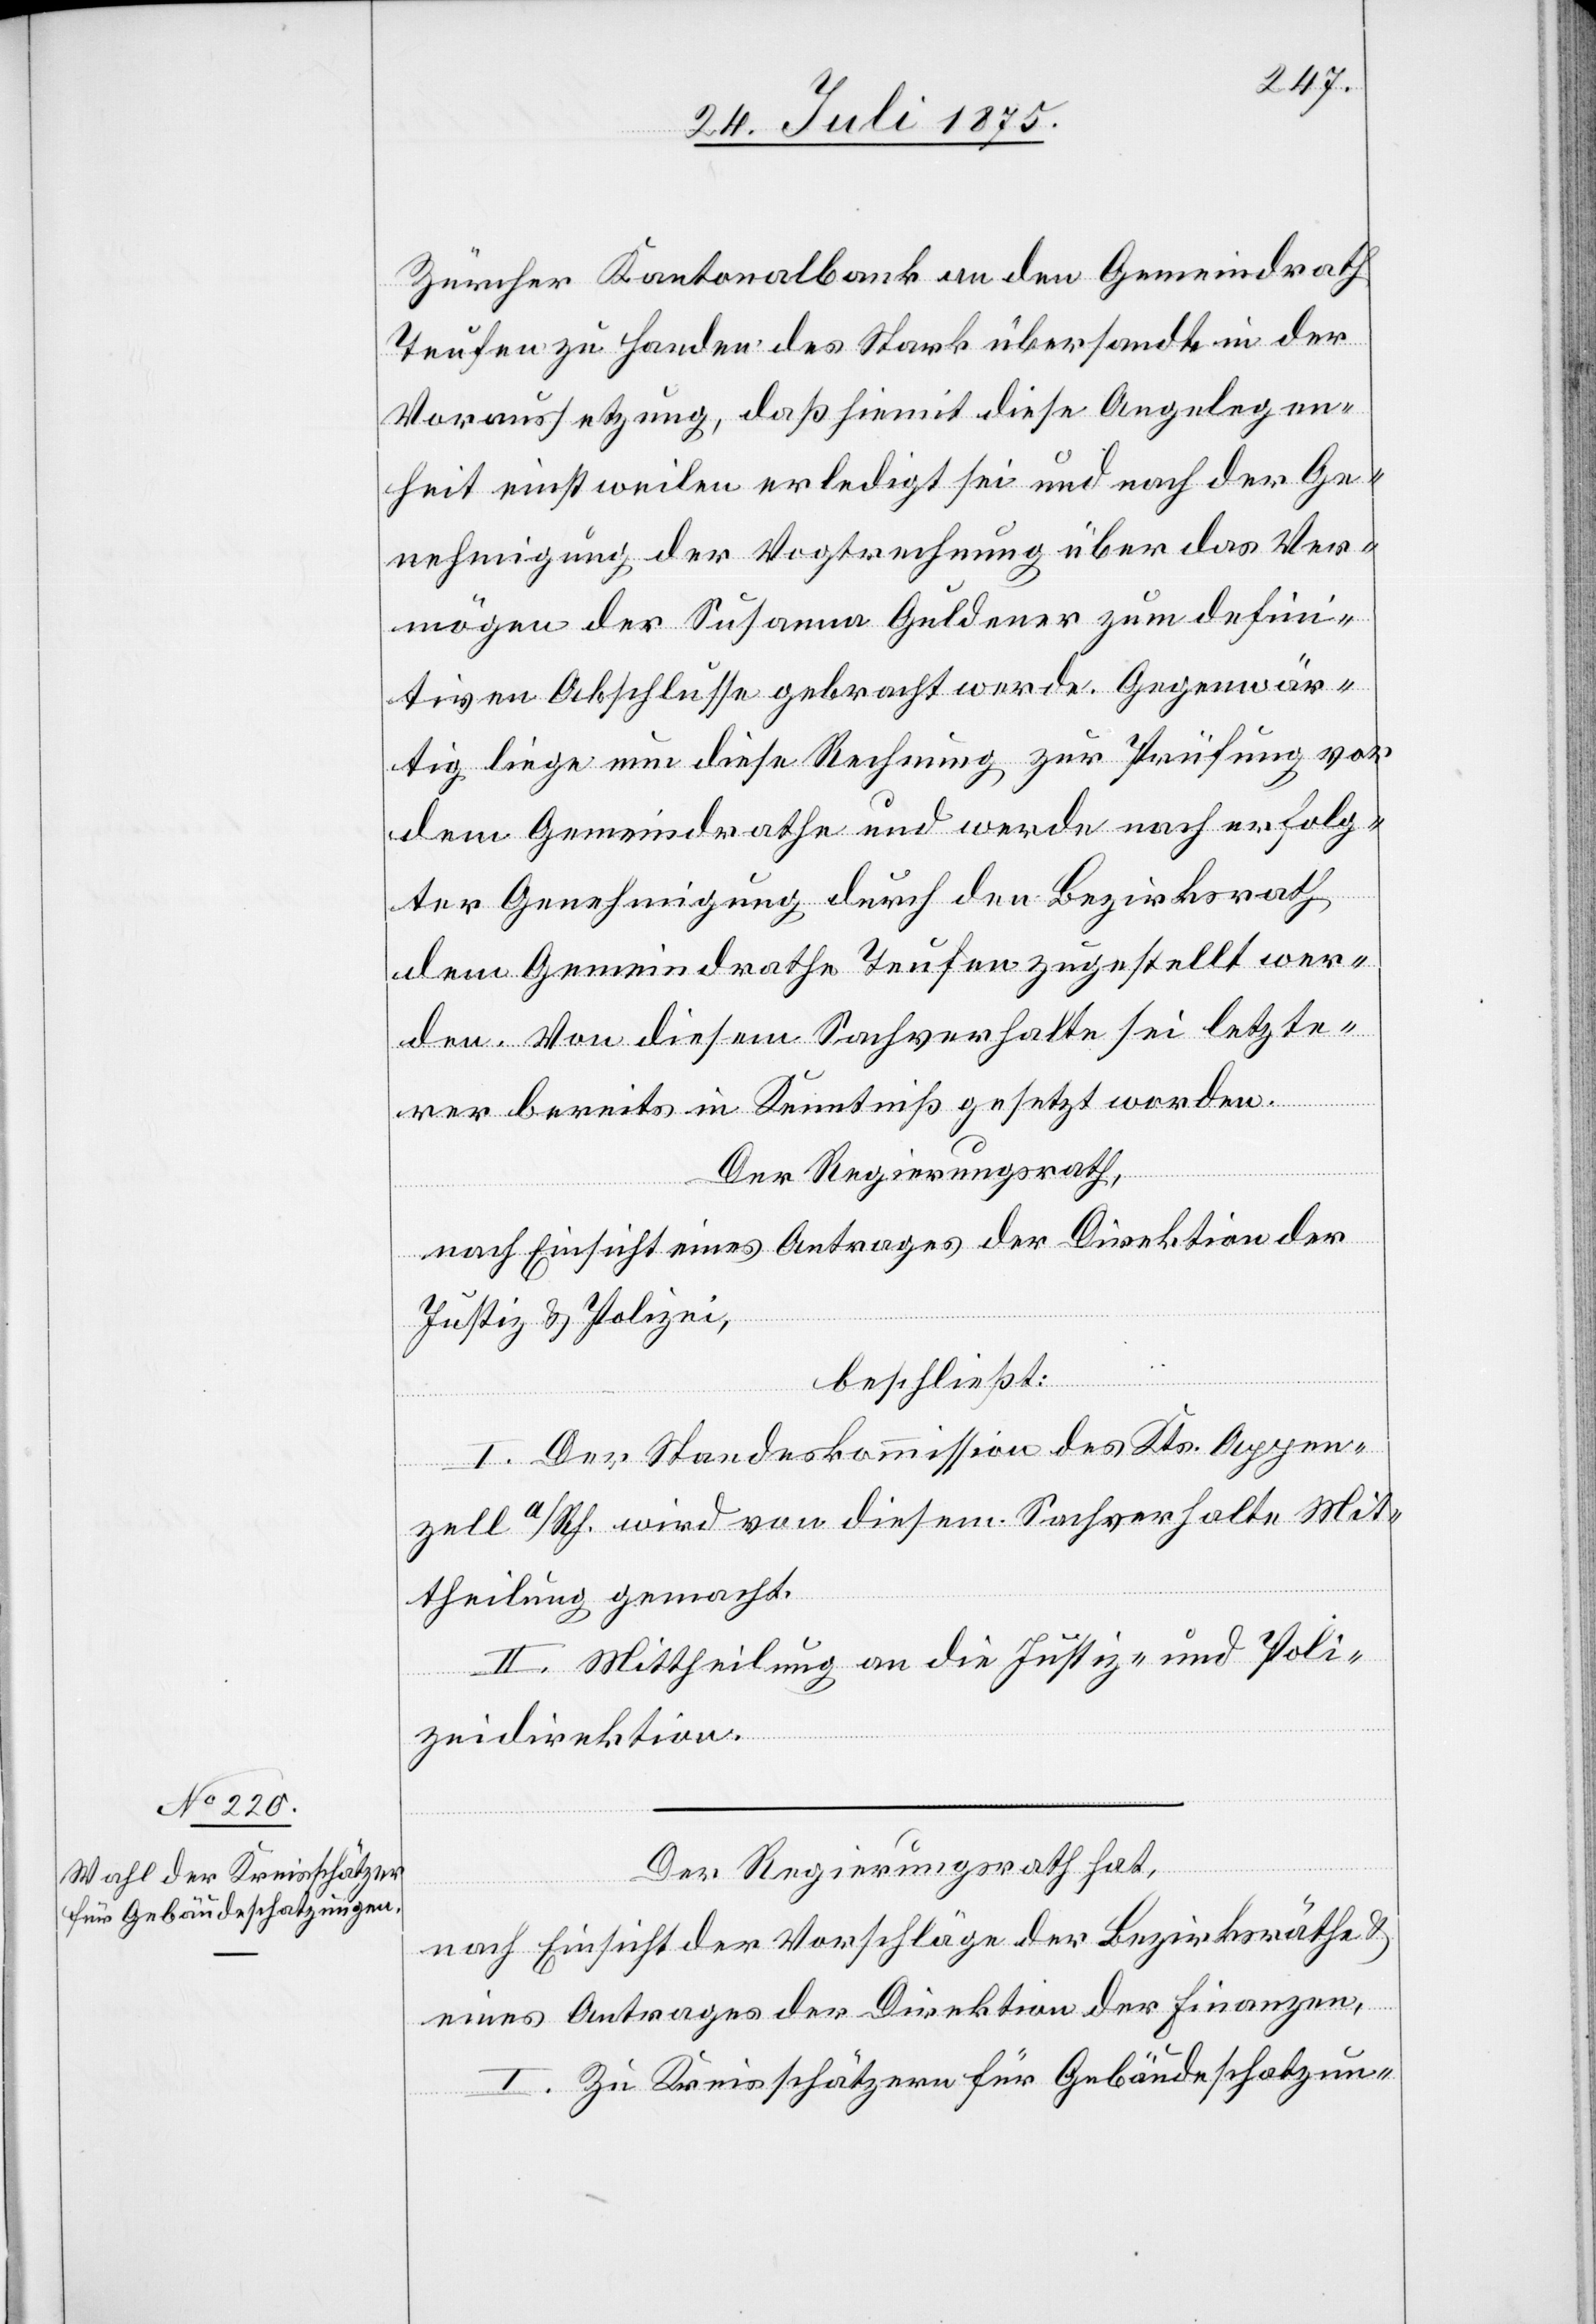
Zürcher Kantonalbank an den Gemeindrath
Teufen zu Handen des Stark übersandte in der
Voraussetzung, daß hiermit diese Angelegen¬
heit einstweilen erledigt sei und nach der Ge¬
nehmigung der Vogtrechnung über das Ver¬
mögen der Susanna Guldener zum defini¬
tiven Abschlusse gebracht wurde. Gegenwär¬
tig liegt nun diese Rechnung zur Prüfung vor
dem Gemeindrathe und werde nach erfolg¬
ter Genehmigung durch den Bezirksrath
dem Gemeindrathe Teufen zugestellt wer¬
den. Von diesem Sachverhalte sei letzte¬
rer bereits in Kenntniß gesetzt worden.
Der Regierungsrath,
nach Einsicht eines Antrages der Direktion der
Justiz & Polizei,
beschließt:
I. Der Standeskommission des Kts. Appen¬
zell a/Rh. wird von diesem Sachverhalte Mit¬
theilung gemacht.
II. Mittheilung an die Justiz- und Poli¬
zeidirektion.
Der Regierungsrath hat,
nach Einsicht der Vorschläge der Bezirksräthe &
eines Antrages der Direktion der Finanzen,
I. Zu Kreisschätzern für Gebäudeschatzun-